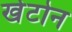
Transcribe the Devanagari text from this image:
खेटोन